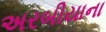
અરબીયાના